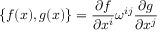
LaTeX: \{ f ( x ) , g ( x ) \} = \frac { \partial f } { \partial x ^ { i } } \omega ^ { i j } \frac { \partial g } { \partial x ^ { j } }